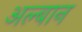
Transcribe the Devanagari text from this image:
अल्बान